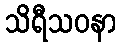
သိရီသဝနာ